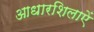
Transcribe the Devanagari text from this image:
आधारशिलाऐं